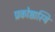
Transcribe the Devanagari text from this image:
प्रकोष्ठास्थि